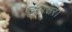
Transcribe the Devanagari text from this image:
निरंतर।